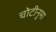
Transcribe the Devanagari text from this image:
चोटीनुमा